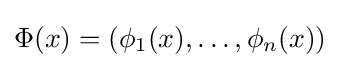
\Phi (x)=(\phi _{1}(x),\dots ,\phi _{n}(x))